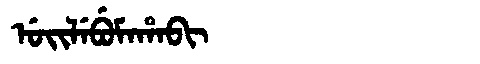
Manchu: ᡠᡳᠯᡝᠪᡠᠮᠠᡥᠠᠪᡳ
Romanization: UILEBUMAHABI